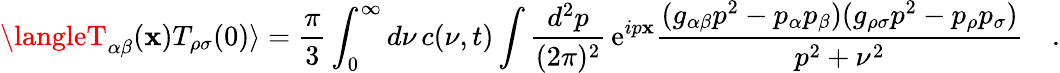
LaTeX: \langleT_{\alpha\beta}(\mathbf{x})T_{\rho\sigma}(0)\rangle={\frac{{\pi}}{{3}}}\int_{0}^{\infty}d\nu\, c(\nu,t)\int{\frac{{d^{2}p}}{{(2\pi)^{2}}}}\, \mathrm{{e}}^{ip\mathbf{x}}{\frac{{(g_{\alpha\beta}p^{2}-p_{\alpha}p_{\beta})(g_{\rho\sigma}p^{2}-p_{\rho}p_{\sigma})}}{{p^{2}+\nu^{2}}}}\quad.